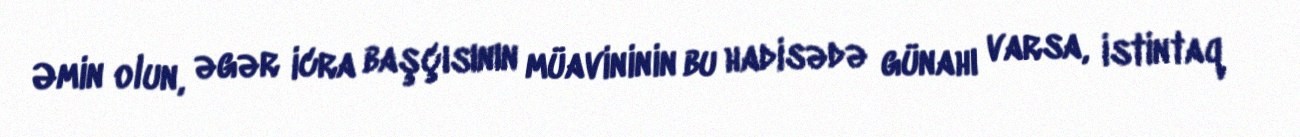
Əmin olun, əgər icra başçısının müavininin bu hadisədə günahı varsa, istintaq